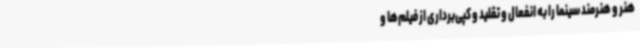
هنر و هنرمند سینما را به انفعال و تقلید و کپی‌برداری از فیلم‌ها و